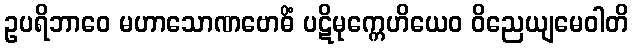
ဥပရိဘာဝေ မဟာသောဏဗောဓိံ ပဋိမုက္ကေဟိယေဝ ဝိညေယျမေဝါတိ